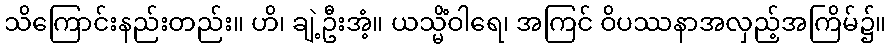
သိကြောင်းနည်းတည်း။ ဟိ၊ ချဲ့ဦးအံ့။ ယသ္မိံဝါရေ၊ အကြင် ဝိပဿနာအလှည့်အကြိမ်၌။